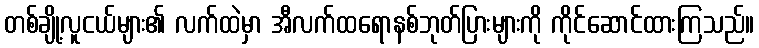
တစ်ချို့လူငယ်များ၏ လက်ထဲမှာ အီလက်ထရောနစ်ဘုတ်ပြားများကို ကိုင်ဆောင်ထားကြသည်။